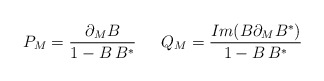
\begin{align*}P_M= \frac{\partial_M B}{1-B\,B^*} \,\,\,\,\,\,\,\,\, Q_M=\frac{Im(B\partial_MB^*)}{1-B\,B^*}\end{align*}